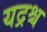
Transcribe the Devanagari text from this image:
यद्रश्च